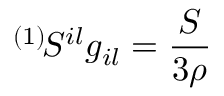
^ { ( 1 ) } \! { \cal S } ^ { i l } g _ { i l } = \frac { S } { 3 \rho }